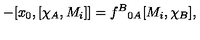
- [ x _ { 0 } , [ \chi _ { A } , M _ { i } ] ] = f ^ { B } { } _ { 0 A } [ M _ { i } , \chi _ { B } ] ,